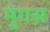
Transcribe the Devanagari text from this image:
मुंगस